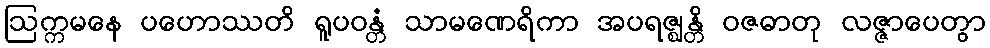
ဩက္ကမနေ ပဟောဿတိ ရူပဝန္တံ သာမဏေရိကာ အပရဇ္ဈန္တိ ဝဇဓာတု လဇ္ဇာပေတွာ